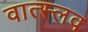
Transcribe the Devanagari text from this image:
वात्स्लव